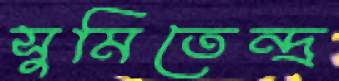
সুমিতেন্দ্র